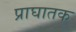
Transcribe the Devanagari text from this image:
प्राघातक